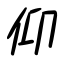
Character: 仰